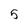
Character: 5